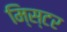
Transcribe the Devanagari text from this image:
मि्स्टर